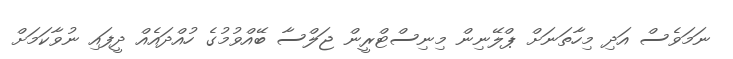
ނަމަވެސް އަދި މިހާތަނަށް ޕްލޭނިން މިނިސްޓްރީން ޖަލްސާ ބޭއްވުމުގެ ހުއްދައެއް ދީފައި ނުވާކަމަށް